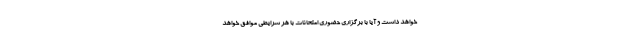
خواهد داشت و آیا با برگزاری حضوری امتحانات با هر شرایطی موافق خواهد